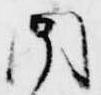
内